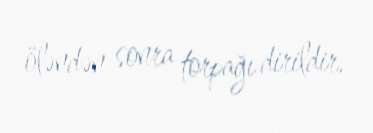
öləndən sonra torpağı dirildir.